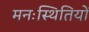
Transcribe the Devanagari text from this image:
मनःस्थितियों